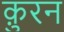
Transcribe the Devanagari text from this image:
क़ुरन